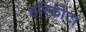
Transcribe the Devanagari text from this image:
हरिकोटा